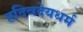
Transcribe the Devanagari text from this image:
हदिवदेयधर्म